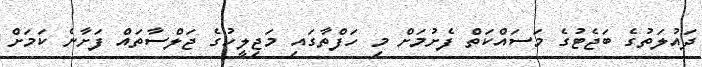
ދައުލަތުގެ ބަޖެޓުގެ މަސައްކަތް ފެށުމަށް މި ހަފްތާގައި މަޖިލީހުގެ ޖަލްސާތައް ފަށާނެ ކަމަށް